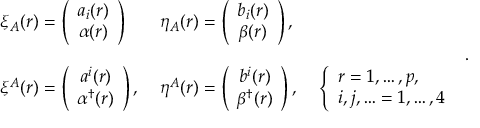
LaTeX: \begin{array} { l l l } { { \xi _ { A } ( r ) = \left( \begin{array} { c } { { a _ { i } ( r ) } } \\ { { \alpha ( r ) } } \end{array} \right) \, \; } } & { { \eta _ { A } ( r ) = \left( \begin{array} { c } { { b _ { i } ( r ) } } \\ { { \beta ( r ) } } \end{array} \right) , } } & { { } } \\ { { } } & { { } } & { { } } \\ { { \xi ^ { A } ( r ) = \left( \begin{array} { c } { { a ^ { i } ( r ) } } \\ { { \alpha ^ { \dag } ( r ) } } \end{array} \right) , \; } } & { { \eta ^ { A } ( r ) = \left( \begin{array} { c } { { b ^ { i } ( r ) } } \\ { { \beta ^ { \dag } ( r ) } } \end{array} \right) , \; } } & { { \left\{ \begin{array} { l } { { r = 1 , \ldots , p , } } \\ { { i , j , \ldots = 1 , \ldots , 4 } } \end{array} \right. } } \end{array} .